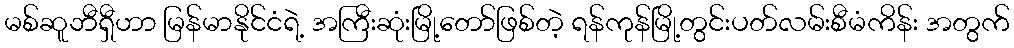
မစ်ဆူဘီရှီဟာ မြန်မာနိုင်ငံရဲ့ အကြီးဆုံးမြို့တော်ဖြစ်တဲ့ ရန်ကုန်မြို့တွင်းပတ်လမ်းစီမံကိန်း အတွက်